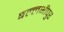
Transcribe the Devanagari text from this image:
बल्लभीपुर